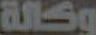
وكالة